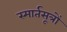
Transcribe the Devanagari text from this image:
स्मार्तसूत्रों